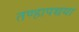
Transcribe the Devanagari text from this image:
तण्हापच्चया